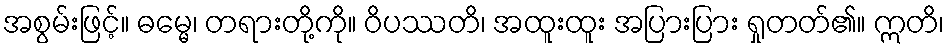
အစွမ်းဖြင့်။ ဓမ္မေ၊ တရားတို့ကို။ ဝိပဿတိ၊ အထူးထူး အပြားပြား ရှုတတ်၏။ ဣတိ၊